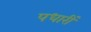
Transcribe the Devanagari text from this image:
पधारीं